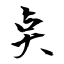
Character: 奌